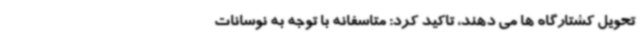
تحویل کشتارگاه ها می دهند، تاکید کرد: متاسفانه با توجه به نوسانات